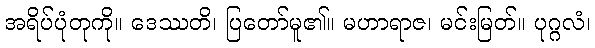
အရိပ်ပုံတုကို။ ဒေဿတိ၊ ပြတော်မူ၏။ မဟာရာဇ၊ မင်းမြတ်။ ပုဂ္ဂလံ၊